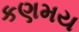
કણમય